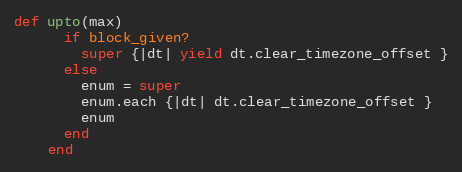
Language: Ruby
def upto(max)
      if block_given?
        super {|dt| yield dt.clear_timezone_offset }
      else
        enum = super
        enum.each {|dt| dt.clear_timezone_offset }
        enum
      end
    end